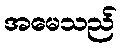
အမေသည်